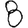
Digit: 8